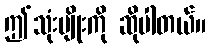
ဤသုံးမျိုးကို ဆိုပါတယ်။